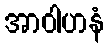
အာဝါဟနံ